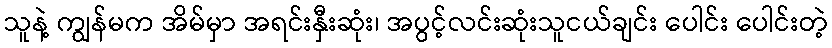
သူနဲ့ ကျွန်မက အိမ်မှာ အရင်းနှီးဆုံး၊ အပွင့်လင်းဆုံးသူငယ်ချင်း ပေါင်း ပေါင်းတဲ့